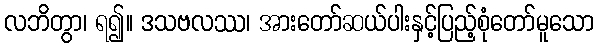
လဘိတွာ၊ ရ၍။ ဒသဗလဿ၊ အားတော်ဆယ်ပါးနှင့်ပြည့်စုံတော်မူသော